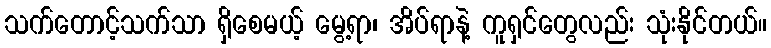
သက်တောင့်သက်သာ ရှိစေမယ့် မွေ့ရာ၊ အိပ်ရာနဲ့ ကူရှင်တွေလည်း သုံးနိုင်တယ်။